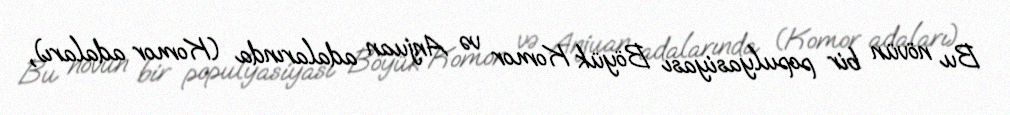
Bu növün bir populyasiyası Böyük Komor və Anjuan adalarında (Komor adaları),